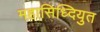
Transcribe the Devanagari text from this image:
महासिध्दियुत